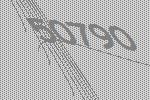
50790